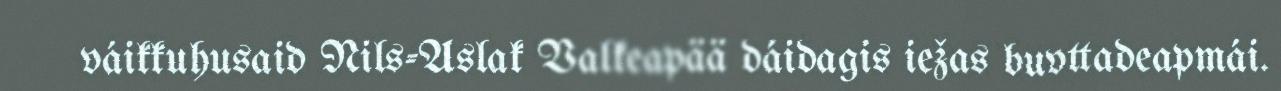
váikkuhusaid Nils-Aslak Valkeapää dáidagis iežas buvttadeapmái.